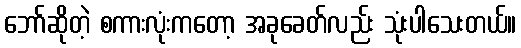
ဘော်ဆိုတဲ့ စကားလုံးကတော့ အခုခေတ်လည်း သုံးပါသေးတယ်။